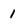
Character: 1